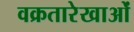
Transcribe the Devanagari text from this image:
वक्रतारेखाओं